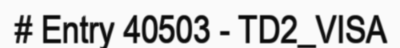
# Entry 40503 - TD2_VISA